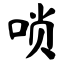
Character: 唢